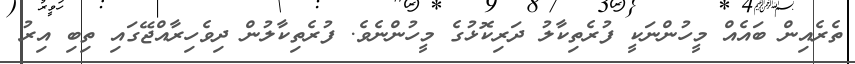
ތެރެއިން ބައެއް މީހުންނަކީ ފުރެތިކާލު ދަރިކޮޅުގެ މީހުންނެވެ. ފުރެތިކާލުން ދިވެހިރާއްޖޭގައި ތިބި އިރު